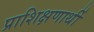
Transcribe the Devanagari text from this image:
प्राशिक्षणार्थी